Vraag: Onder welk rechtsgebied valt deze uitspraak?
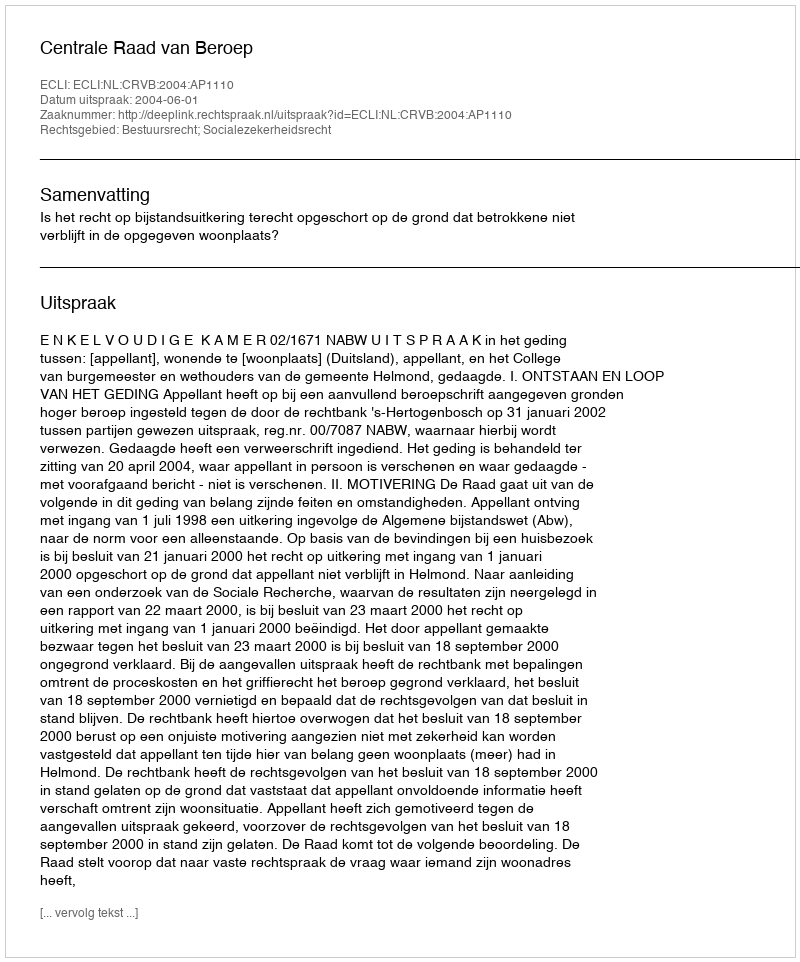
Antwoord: Bestuursrecht; Socialezekerheidsrecht